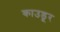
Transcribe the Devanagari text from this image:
काउडूर